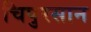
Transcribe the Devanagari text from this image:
चिपुरसान